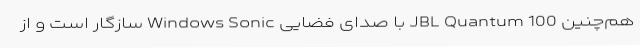
هم‌چنین JBL Quantum 100 با صدای فضایی Windows Sonic سازگار است و از